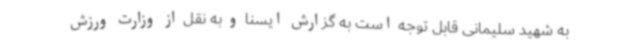
به شهید سلیمانی قابل توجه است به گزارش ایسنا و به نقل از وزارت ورزش